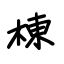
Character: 棟